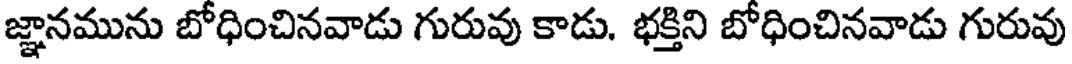
జ్ఞానమును బోధించినవాడు గురువు కాడు. భక్తిని బోధించినవాడు గురువు